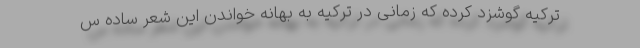
ترکیه گوشزد کرده که زمانی در ترکیه به بهانه خواندن این شعر ساده س